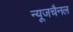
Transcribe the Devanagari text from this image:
न्यूजचैनल